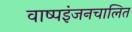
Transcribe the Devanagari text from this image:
वाष्पइंजनचालित